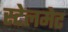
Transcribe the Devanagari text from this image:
स्टेलमेट